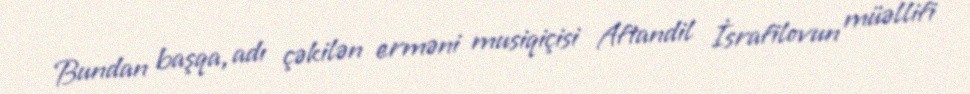
Bundan başqa, adı çəkilən erməni musiqiçisi Aftandil İsrafilovun müəllifi